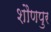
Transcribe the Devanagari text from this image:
शौणपुर